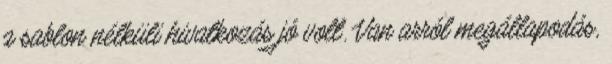
a sablon nélküli hivatkozás jó volt. Van arról megállapodás,